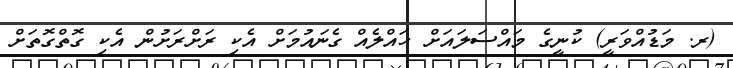
(ރ. މަޑުއްވަރީ) ކުނީގެ މައްސަލައަށް ހައްލެއް ގެނައުމަށް އެކި ރަށްރަށުން އެކި ގޮތްގޮތަށް